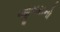
જીસસનો